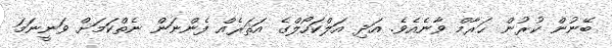
ބޭނުން ކުރުން ޙަރާމް ވާނެއެވެ. އަދި އަލްކަހޯލްގެ އަޘަރެއް ފެންނަން ނެތްކަމަށް ވަނީނަމަ